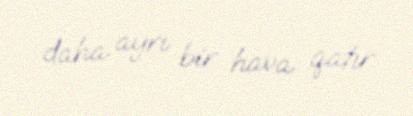
daha ayrı bir hava qatır.